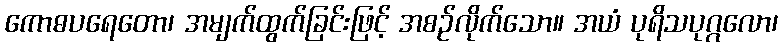
ကောဓပရေတော၊ အမျက်ထွက်ခြင်းဖြင့် အစဉ်လိုက်သော။ အယံ ပုရိသပုဂ္ဂလော၊